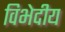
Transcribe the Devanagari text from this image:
विभेदीय